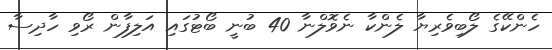
ހެންކޭގެ ލޯބިވެރިޔާ ލެންކާ ނެވޮލްނާ 40 ބުނީ ބޯޓުގައި އަލިފާން ރޯވި ހާދިސާ